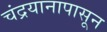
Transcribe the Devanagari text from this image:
चंद्रयानापासून